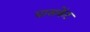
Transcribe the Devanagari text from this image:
बासकेंट